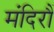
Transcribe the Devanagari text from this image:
मंदिरौं